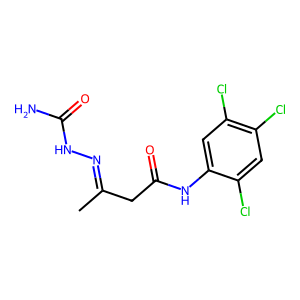
SMILES: CC(CC(=O)Nc1cc(Cl)c(Cl)cc1Cl)=NNC(N)=O
Inhibits HIV replication: No